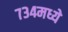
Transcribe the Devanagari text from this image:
७३४मध्ये